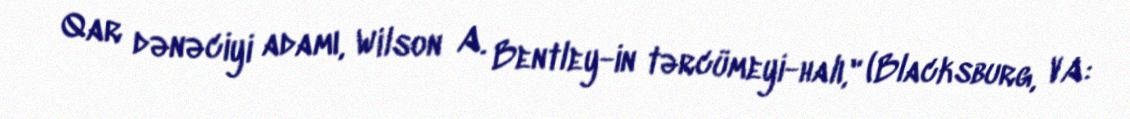
Qar dənəciyi adamı, Wilson A. Bentley-in tərcümeyi-halı," (Blacksburg, VA: